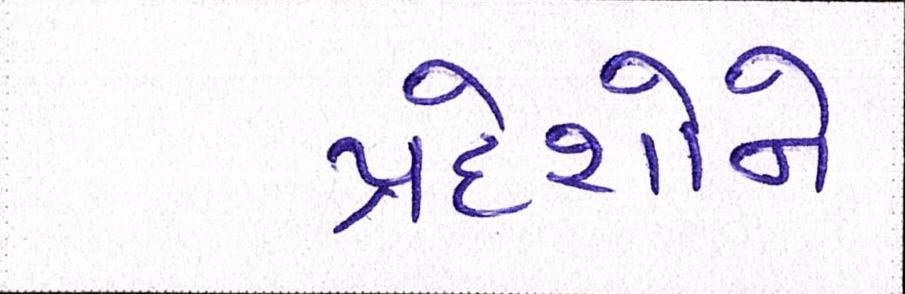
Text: પ્રદેશોને